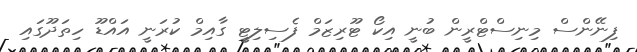
ފިނޭންސް މިނިސްޓްރީން ބުނީ އިކޯ ޓޫރިޒަމް ފެސިލިޓީ ގާއިމް ކުރަނީ އައްޑޫ ހިތަދޫގައި